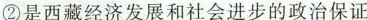
②是西藏经济发展和社会进步的政治保证